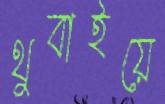
থুবাইয়ে